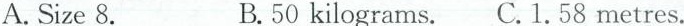
A.Size 8. B.50kilograms. C.1.58 metres.